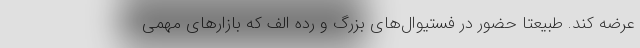
عرضه کند. طبیعتا حضور در فستیوال‌های بزرگ و رده الف که بازارهای مهمی